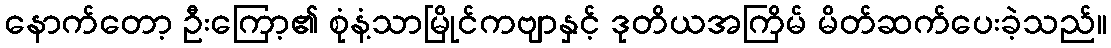
နောက်တော့ ဦးကြော့၏ စုံနံ့သာမြိုင်ကဗျာနှင့် ဒုတိယအကြိမ် မိတ်ဆက်ပေးခဲ့သည်။